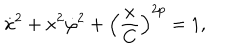
\dot { x } ^ { 2 } + x ^ { 2 } \dot { \varphi } ^ { 2 } + \left( \frac { x } { C } \right) ^ { 2 p } = 1 ,